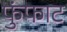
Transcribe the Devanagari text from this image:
फुंफाट